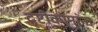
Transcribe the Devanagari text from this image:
दृष्टीकोनांना